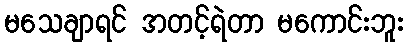
မသေချာရင် အတင့်ရဲတာ မကောင်းဘူး